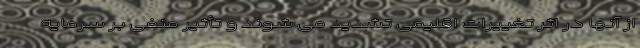
از آنها در اثر تغییرات اقلیمی تشدید می شوند و تأثیر منفی بر سرمایه